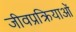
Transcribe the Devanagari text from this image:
जीवप्रक्रियाओं